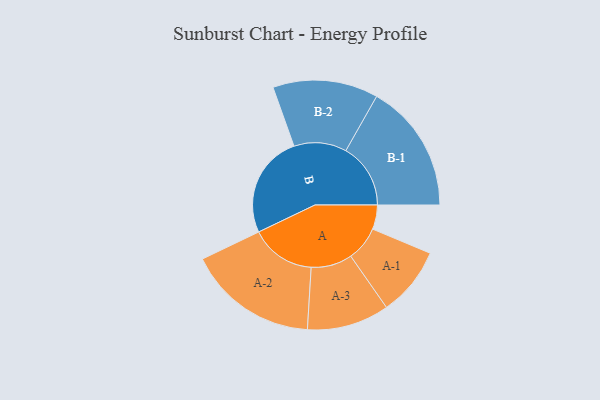
{"axis": {"x": "Segment", "y": "Value"}, "legend": ["", "A", "B"], "data": [{"x": "A", "y": 101, "type": ""}, {"x": "B", "y": 427, "type": ""}, {"x": "A-1", "y": 144, "type": "A"}, {"x": "A-2", "y": 271, "type": "A"}, {"x": "A-3", "y": 171, "type": "A"}, {"x": "B-1", "y": 269, "type": "B"}, {"x": "B-2", "y": 219, "type": "B"}]}